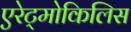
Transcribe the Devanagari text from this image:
एरेट्मोकिलिस